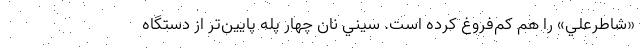
«شاطرعلي» را هم كم‌فروغ كرده است. سيني نان چهار پله پايين‌تر از دستگاه